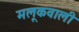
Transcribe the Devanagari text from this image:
मलूकवाली